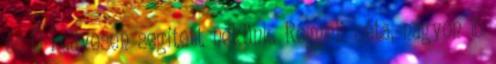
és Ő kedvesen segített nekünk. Reggeli séta, nagyon jó